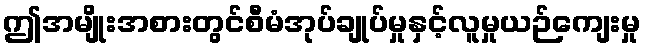
ဤအမျိုးအစားတွင်စီမံအုပ်ချုပ်မှုနှင့်လူမှုယဉ်ကျေးမှု